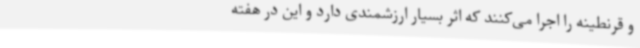
و قرنطینه را اجرا می‌کنند که اثر بسیار ارزشمندی دارد و این در هفته